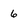
Character: 6